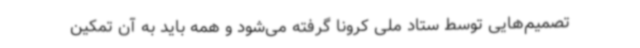
تصمیم‌هایی توسط ستاد ملی کرونا گرفته می‌شود و همه باید به آن تمکین